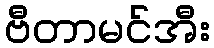
ဗီတာမင်အီး